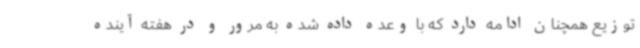
توزیع همچنان ادامه دارد که با وعده داده شده به مرور و در هفته آینده